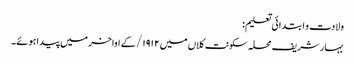
ولادت و ابتدائی تعلیم:
بہار شریف محلہ سکونت کلاں میں ۱۹۱۲/ کے اواخر میں پیدا ہوئے۔